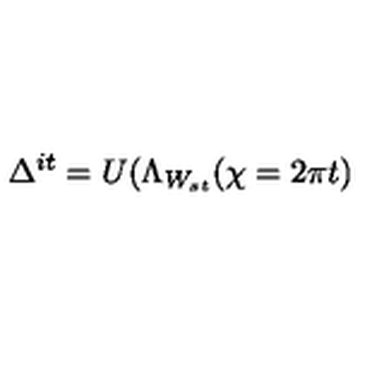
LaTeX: \Delta ^ { i t } = U ( \Lambda _ { W _ { s t } } ( \chi = 2 \pi t )